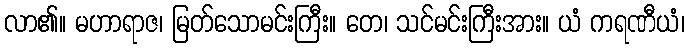
လာ၏။ မဟာရာဇ၊ မြတ်သောမင်းကြီး။ တေ၊ သင်မင်းကြီးအား။ ယံ ကရဏီယံ၊